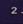
2